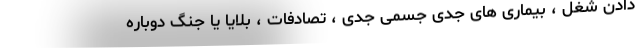
دادن شغل ، بیماری های جدی جسمی جدی ، تصادفات ، بلایا یا جنگ دوباره